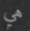
هي